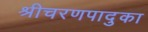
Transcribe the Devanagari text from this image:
श्रीचरणपादुका